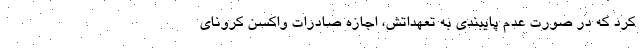
کرد که در صورت عدم پایبندی به تعهداتش، اجازه صادرات واکسن کرونای